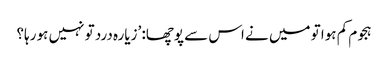
ہجوم کم ہوا تو میں نے اس سے پوچھا: ’زیارہ درد تو نہیں ہو رہا؟